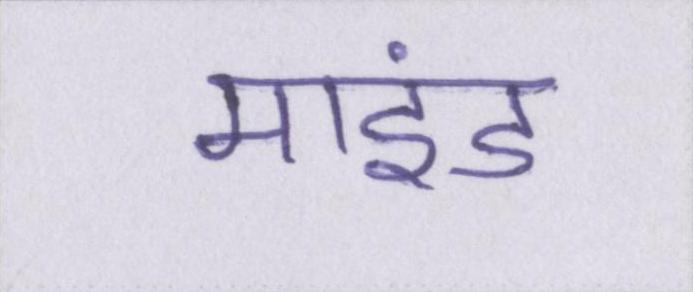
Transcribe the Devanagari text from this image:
माइंड